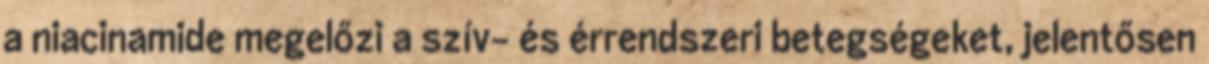
a niacinamide megelőzi a szív- és érrendszeri betegségeket, jelentősen